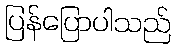
ပြန်ပြောပါသည်